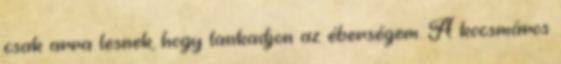
csak arra lesnek, hogy lankadjon az éberségem. A kocsmáros